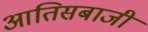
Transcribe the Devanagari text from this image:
आतिसबाजी